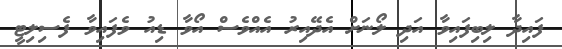
ފައިދާ ލިބިފައިވާ އަދި ލޯނަށް އެދޭއިރު އެއްވެސް އޯވާ ޑިއު ވެފައިވާ ފެސިލިޓީ